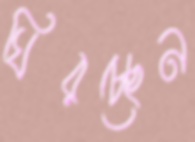
ঘিরচ্ছেন